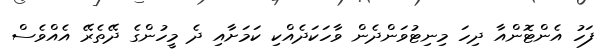
ފަހު އެންޓޮންއާ ދިހަ މިނިޓުވަންދެން ވާހަކަދެއްކި ކަމަށާއި ދެ މީހުންގެ ދޭތެރޭ އެއްވެސް